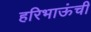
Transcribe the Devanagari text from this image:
हरिभाऊंची